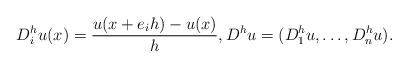
LaTeX: \begin{align*}D_i^hu(x)=\frac{u(x+e_i h)-u(x)}{h},D^hu=(D_1^hu,\dotsc , D_n^hu).\end{align*}